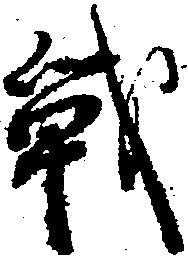
戦